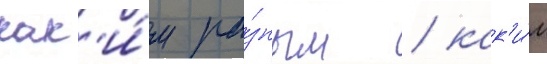
как'и́м ра́зным / как'и́м